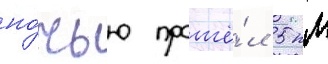
но́чью прошё́л 5 км